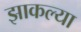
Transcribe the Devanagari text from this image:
झाकल्या